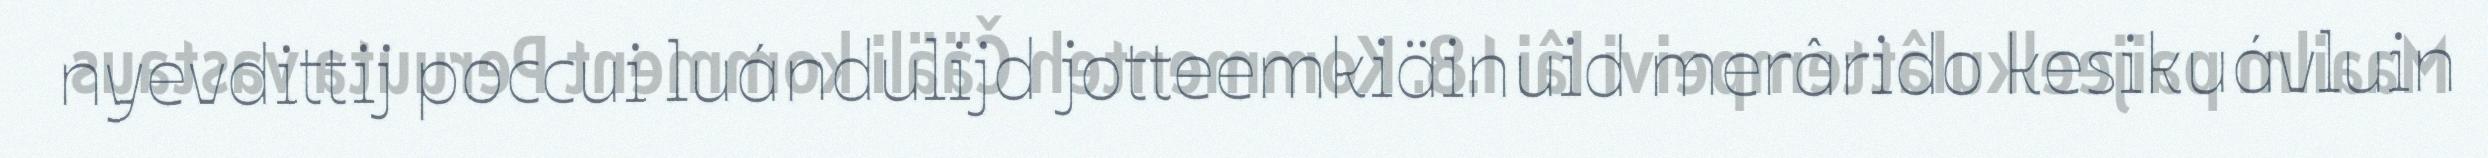
nyevdittij poccui luándulijd jotteemkiäinuid merârido kesikuávluin